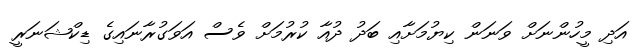
އަދި މީހުންނަށް ވަނަން ކިޔުމަށާއި ބަދު ދުއާ ކުރުމަށް ވެސް އަވަގުރާނައިގެ ޑިކްޝަނަރީ